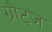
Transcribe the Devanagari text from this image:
ग्रौट्ज